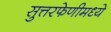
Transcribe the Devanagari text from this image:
सुत्तरफेणीमध्ये